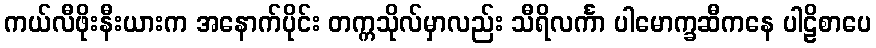
ကယ်လီဖိုးနီးယားက အနောက်ပိုင်း တက္ကသိုလ်မှာလည်း သီရိလင်္ကာ ပါမောက္ခဆီကနေ ပါဠိစာပေ